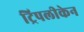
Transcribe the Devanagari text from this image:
ट्रिपलीकेन